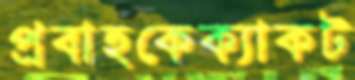
প্রবাহকেক্যাকট